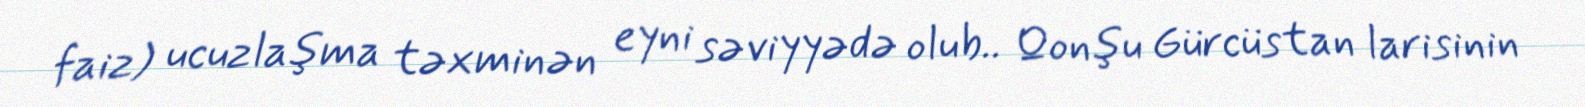
faiz) ucuzlaşma təxminən eyni səviyyədə olub.. Qonşu Gürcüstan larisinin